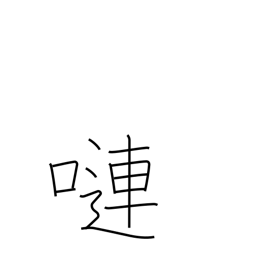
Meaning: voluble